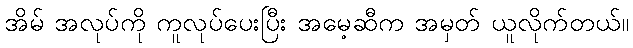
အိမ် အလုပ်ကို ကူလုပ်ပေးပြီး အမေ့ဆီက အမှတ် ယူလိုက်တယ်။